Civil Veterinary Dept. North-West Frontier Province 1923-32 - 1923-1932
Year: 1923
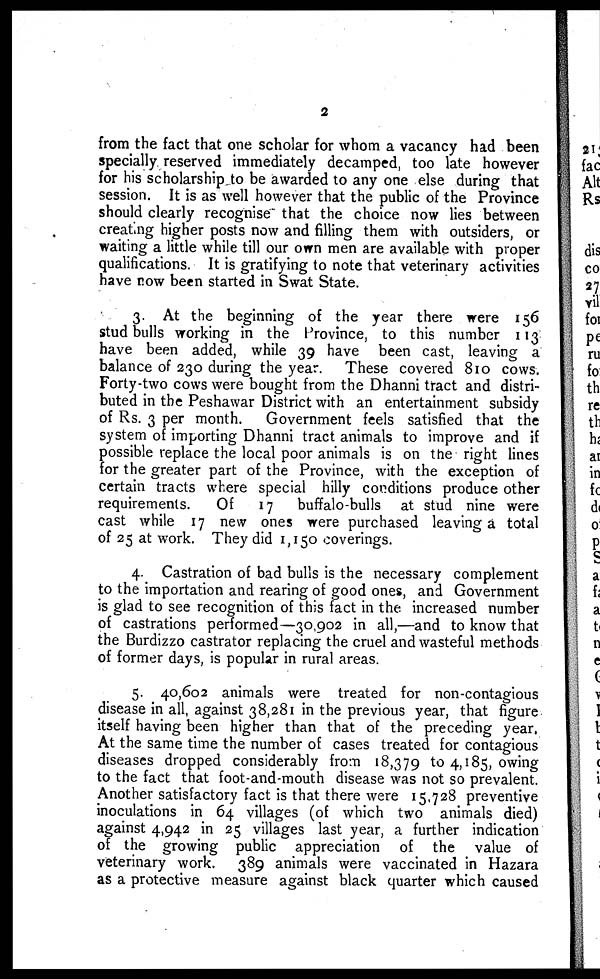
2
from the fact that one scholar for whom a vacancy had been
specially reserved immediately decamped, too late however
for his scholarship to be awarded to any one else during that
session. It is as well however that the public of the Province
should clearly recognise that the choice now lies between
creating higher posts now and filling them with outsiders, or
waiting a little while till our own men are available with proper
qualifications. It is gratifying to note that veterinary activities
have now been started in Swat State.
3. At the beginning of the year there were 156
stud bulls working in the Province, to this number 113
have been added, while 39 have been cast, leaving a
balance of 230 during the year. These covered 810 cows.
Forty-two cows were bought from the Dhanni tract and distri-
buted in the Peshawar District with an entertainment subsidy
of Rs. 3 per month. Government feels satisfied that the
system of importing Dhanni tract animals to improve and if
possible replace the local poor animals is on the right lines
for the greater part of the Province, with the exception of
certain tracts where special hilly conditions produce other
requirements.
Of
17 buffalo-bulls at stud nine were
cast while 17 new ones were purchased leaving a total
of 25 at work. They did 1,150 coverings.
4. Castration of bad bulls is the necessary complement
to the importation and rearing of good ones, and Government
is glad to see recognition of this fact in the increased number
of castrations performed—30,902 in all,—and to know that
the Burdizzo castrator replacing the cruel and wasteful methods
of former days, is popular in rural areas.
5. 40,602 animals were treated for non-contagious
disease in all, against 38,281 in the previous year, that figure
itself having been higher than that of the preceding year.
At the same time the number of cases treated for contagious
diseases dropped considerably from 18,379 to 4,185, owing
to the fact that foot-and-mouth disease was not so prevalent.
Another satisfactory fact is that there were 15,728 preventive
inoculations in 64 villages (of which two animals died)
against 4,942 in 25 villages last year, a further indication
of the growing public appreciation of the value of
veterinary work. 389 animals were vaccinated in Hazara
as a protective measure against black quarter which caused